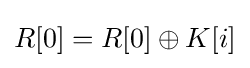
R[0]=R[0]\oplus K[i]